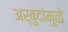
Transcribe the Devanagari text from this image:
अर्बुदांमुळे